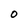
Character: O